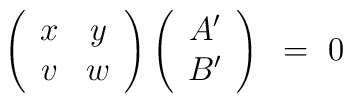
\left( \begin{array}{cc}x & y \\v & w \end{array}\right)  \left( \begin{array}{c}A^\prime \\ B^\prime \end{array}\right) ~=~ 0